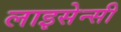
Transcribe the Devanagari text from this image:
लाइसेन्सी